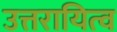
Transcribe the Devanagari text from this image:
उत्तरायित्व